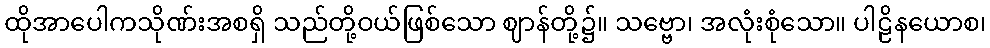
ထိုအာပေါကသိုဏ်းအစရှိ သည်တို့ဝယ်ဖြစ်သော ဈာန်တို့၌။ သဗ္ဗော၊ အလုံးစုံသော။ ပါဠိနယောစ၊